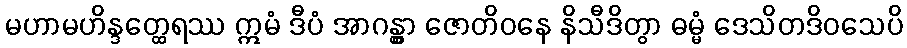
မဟာမဟိန္ဒတ္ထေရဿ ဣမံ ဒီပံ အာဂန္တွာ ဇောတိဝနေ နိသီဒိတွာ ဓမ္မံ ဒေသိတဒိဝသေပိ